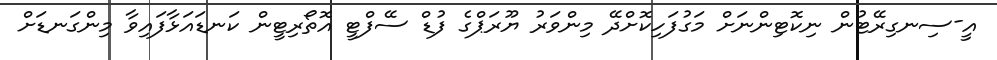
އީ-ސިނގިރޭޓުން ނިކޮޓިންނަށް މަގުފަހިކޮށްދޭ މިންވަރު ޔޫރަޕްގެ ފުޑް ސޭފްޓީ އޮތޯރިޓީން ކަނޑައަޅާފައިވާ މިންގަނޑަށް